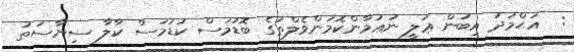
:  އަޙްމަދު އިބުން ޢަލީ ނުޢުމާންކޮމަންވެލްތުގެ ބޮޑުމަސް ކުޑަމަސް ކާލާ ސިޔާސަތު